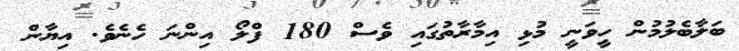
ބަލާބެލުމުން ހީވަނީ މުޅި އިމާރާތުގައި ވެސް 180 ފްލޯ އިންނަ ހެނެވެ. އިޔާން